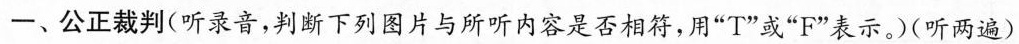
一、公正裁判(听录音，判断下列图片与所听内容是否相符，用”T”或”F”表示。(听两遍)